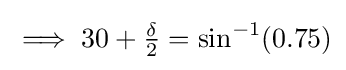
{\textstyle \implies 30+{\frac {\delta }{2}}=\sin ^{-1}(0.75)}